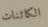
الكائنات